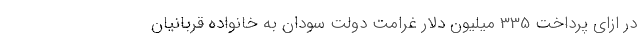
در ازای پرداخت 335 میلیون دلار غرامت دولت سودان به خانواده قربانیان